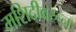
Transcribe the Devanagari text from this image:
मशिदीवरून